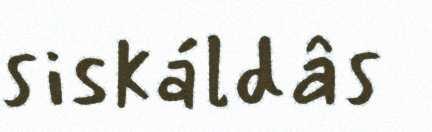
siskáldâs